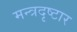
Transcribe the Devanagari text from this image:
मन्त्रदृष्टार